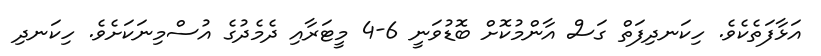
އަޅާފަތެކެވެ. ހިކަނދިފަތް ގަސް އާންމުކޮށް ބޮޑުވަނީ 6-4 މީޓަރާއި ދެމެދުގެ އުސްމިނަކަށެވެ. ހިކަނދި